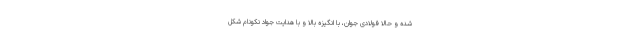
شده و حالا فولادی جوان، با انگیزه بالا و با هدایت جواد نکونام شکل